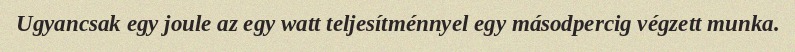
Ugyancsak egy joule az egy watt teljesítménnyel egy másodpercig végzett munka.